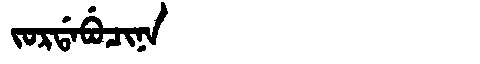
Manchu: ᠵᠣᡵᡩᠠᠪᡠᠴᡳᠨᠠ
Romanization: JORDABUCINA